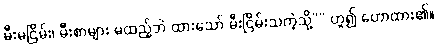
မီးမငြိမ်း၊ မီးစာများ မထည့်ဘဲ ထားသော် မီးငြိမ်းသကဲ့သို့”” ဟူ၍ ဟောထား၏။